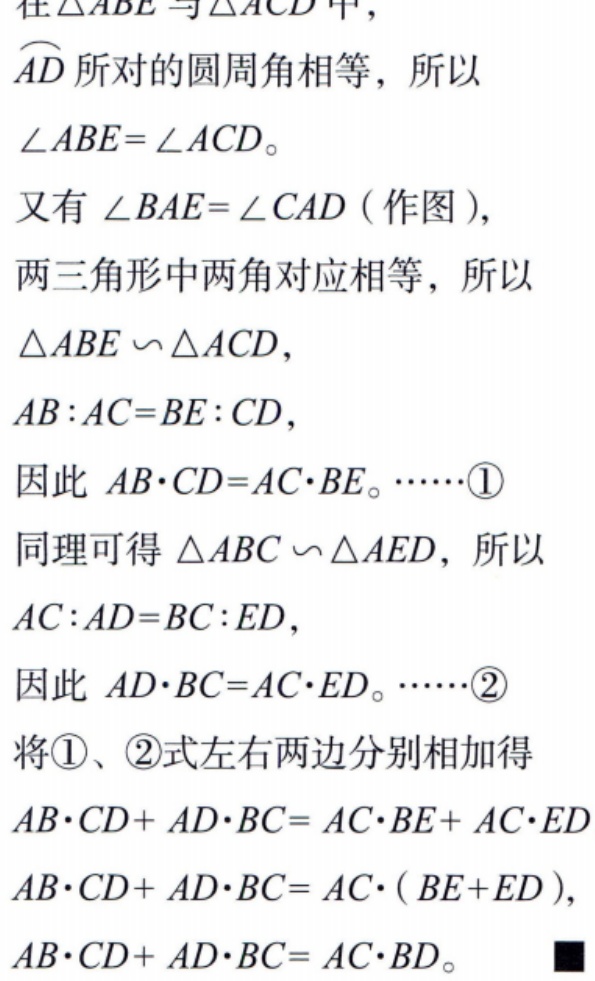
在\(\triangle ABE\)与\(\triangle ACD\)中，
\(\overset{\frown}{AD}\)所对的圆周角相等，所以
\(\angle ABE = \angle ACD\)。
又有\(\angle BAE=\angle CAD\)（作图），
两三角形中两角对应相等，所以
\(\triangle ABE\sim\triangle ACD\)，
\(AB:AC = BE:CD\)，
因此 \(AB\cdot CD = AC\cdot BE\)。\(\cdots\cdots\)\textcircled{1}
同理可得 \(\triangle ABC\sim\triangle AED\)，所以
\(AC:AD = BC:ED\)，
因此 \(AD\cdot BC = AC\cdot ED\)。\(\cdots\cdots\)\textcircled{2}
将\textcircled{1}、\textcircled{2}式左右两边分别相加得
\(AB\cdot CD + AD\cdot BC= AC\cdot BE + AC\cdot ED\)
\(AB\cdot CD + AD\cdot BC= AC\cdot(BE + ED)\)，
\(AB\cdot CD + AD\cdot BC= AC\cdot BD\)。